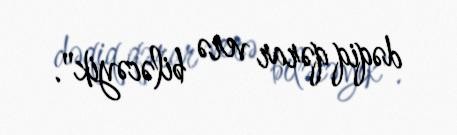
dəqiq qərar verə biləcəyik".